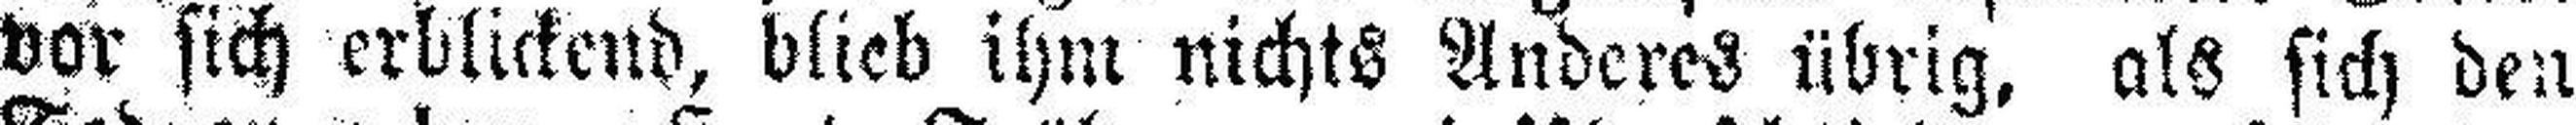
vor sich erblickend, blieb ihm nichts Anderes übrig, als sich den